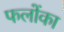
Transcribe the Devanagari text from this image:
फलोंका